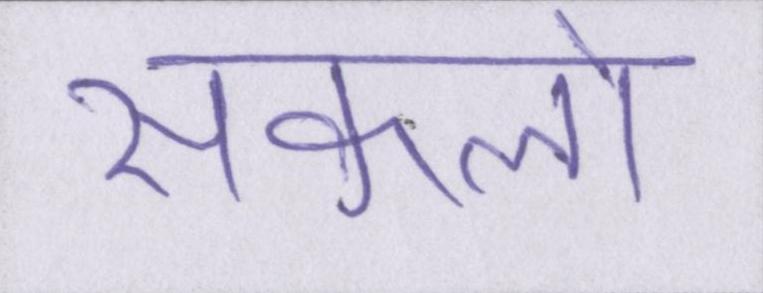
सकलो